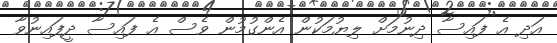
އަދި އެ ފައިސާ ދިނުމަށް ލިޔުމަކުން އެންގުމުން ވެސް އެ ފައިސާ ދީފައިނުވާ